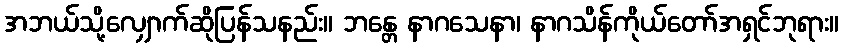
အဘယ်သို့လျှောက်ဆိုပြန်သနည်း။ ဘန္တေ နာဂသေနာ၊ နာဂသိန်ကိုယ်တော်အရှင်ဘုရား။